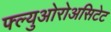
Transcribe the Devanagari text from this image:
फ्ल्युओरोअसिटेट